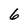
Character: 6